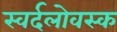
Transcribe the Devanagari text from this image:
स्वर्दलोवस्क